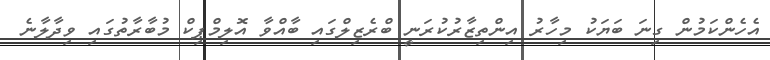
އެހެންކަމުން ގިނަ ބަޔަކު މިހާރު އިންތިޒާރުކުރަނީ ބްރެޒިލްގައި ބާއްވާ އޮލިމްޕިކް މުބާރާތުގައި ވިދާލާނެ